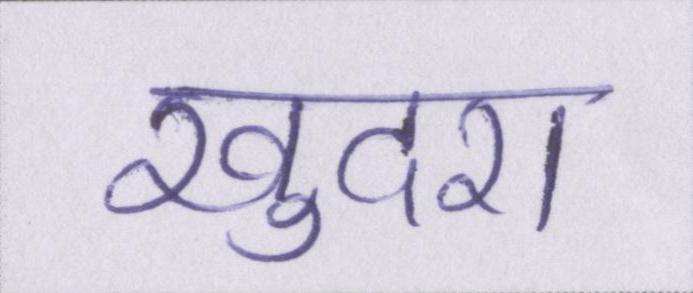
खुदरा